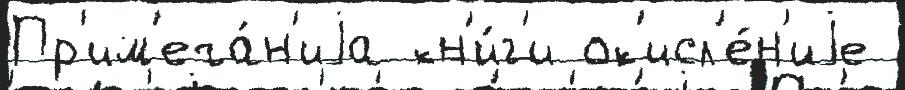
Пр'им'еча́н'иjа кн'и́г'и ок'исл'е́н'иjе